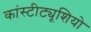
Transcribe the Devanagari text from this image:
कांस्टीट्यूशियो